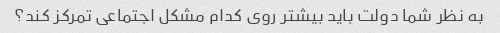
به نظر شما دولت باید بیشتر روی کدام مشکل اجتماعی تمرکز کند؟